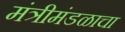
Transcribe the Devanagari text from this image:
मंत्रीमंडळाचा